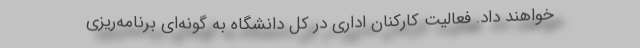
خواهند داد. فعالیت کارکنان اداری در کل دانشگاه به گونه‌ای برنامه‌ریزی